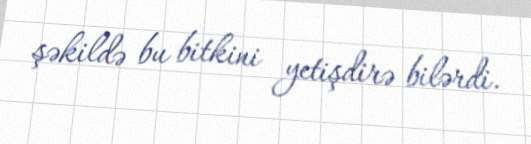
şəkildə bu bitkini yetişdirə bilərdi.